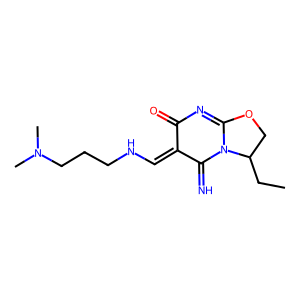
SMILES: CCC1COC2=NC(=O)C(=CNCCCN(C)C)C(=N)N21
Inhibits HIV replication: No